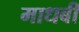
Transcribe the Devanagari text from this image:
माधबी